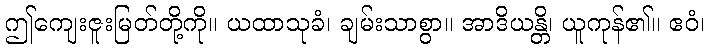
ဤကျေးဇူးမြတ်တို့ကို။ ယထာသုခံ၊ ချမ်းသာစွာ။ အာဒိယန္တိ၊ ယူကုန်၏။ ဧဝံ၊